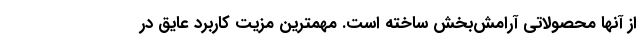
از آنها محصولاتی آرامش‌بخش ساخته است. مهمترین مزیت کاربرد عایق در